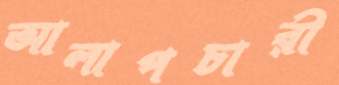
আলাপচারী